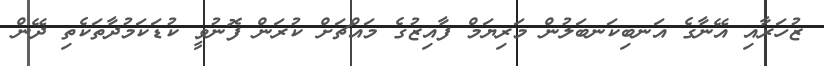
ޒުުހަރާއި އޭނާގެ އަނބިކަނބަލުން މަރިޔަމް ފާއިޒުގެ މައްޗަށް ކުރަން ފޮނުވީ ކުޑަކަމުދާތަކެތި ދޭން